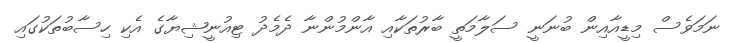
ނަމަވެސް މިޑީއާއިން ބުނަނީ ސަލާމަތީ ބާރުތަކާއި އާންމުންނާ ދެމެދު ޓިއުނީޝިޔާގެ އެކި ހިސާބުތަކުގައި